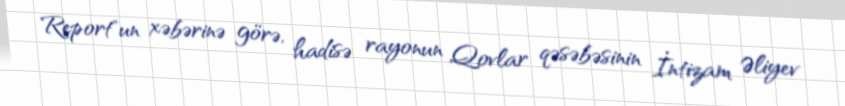
Report"un xəbərinə görə, hadisə rayonun Qovlar qəsəbəsinin İntizam Əliyev